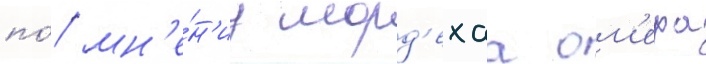
по́ мн'е́н'иу морд'ехаа ом'ера